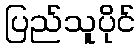
ပြည်သူပိုင်